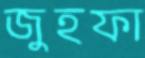
জুহফা